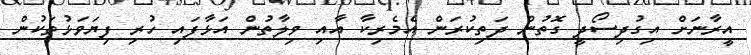
އީރާނަށް އިގުދިސޯދީ ގޮތުން ދަތިކުރަން އެމެރިކާ އާއި ވިލާތުން އަޅާފައި ހުރި ފިޔަވަޅުތަކުން